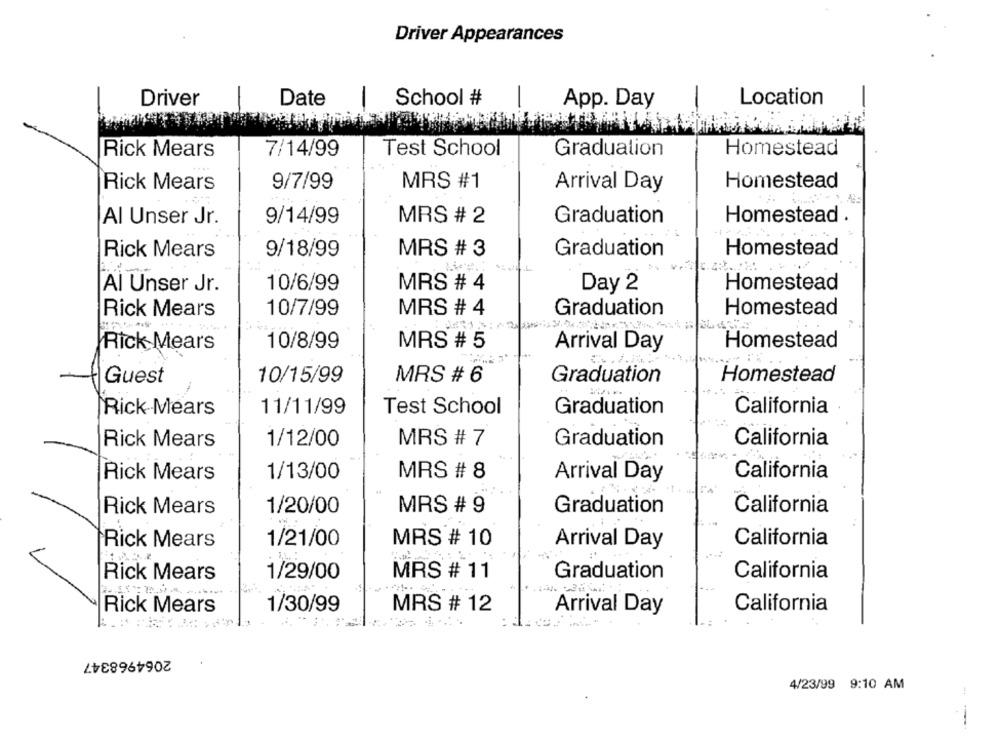
Driver Appearances
Driver
Date
School #
App. Day
Location
Rick Mears
7/14/99
Test School
Graduation
Homestead
Rick Mears
9/7/99
MRS #1
Homestead
Arrival Day
Al Unser Jr.
9/14/99
MRS # 2
Graduation
Homestead .
9/18/99
MRS # 3
Homestead
Rick Mears
Graduation
Al Unser Jr.
10/6/99
MRS # 4
Day 2
Homestead
10/7/99
MRS # 4
Graduation
Homestead
Rick Mears
Rick Mears
10/8/99
MRS # 5
Arrival Day
Homestead
10/15/99
MRS # 6
Graduation
Homestead
Guest
Rick Mears
11/11/99
Test School
Graduation
California
Rick Mears
1/12/00
MRS # 7
Graduation
California
MRS # 8
California
Rick Mears
1/13/00
Arrival Day
Rick Mears
1/20/00
MRS # 9
Graduation
California
California
Rick Mears
1/21/00
MRS # 10
Arrival Day
Rick Mears
1/29/00
MRS # 11
Graduation
California
1/30/99
MRS # 12
California
Rick Mears
Arrival Day
2064968347
4/23/99 9:10 AM